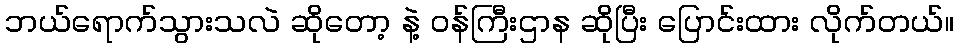
ဘယ်ရောက်သွားသလဲ ဆိုတော့ နဲ့ ဝန်ကြီးဌာန ဆိုပြီး ပြောင်းထား လိုက်တယ်။